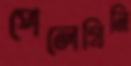
পেলেগ্রিনি